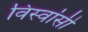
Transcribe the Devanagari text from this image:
विस्‍वांसी